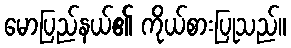
မောပြည်နယ်၏ ကိုယ်စားပြုသည်။